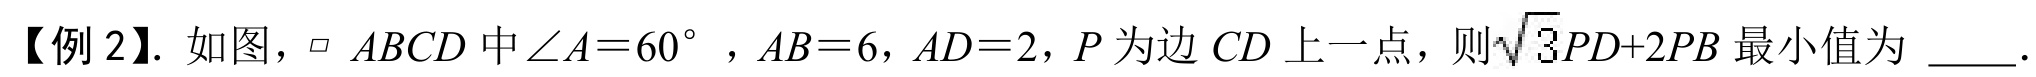
【例 2】. 如图，\(\parallelogram\ ABCD\)中\(\angle A = 60^{\circ}\)，\(AB = 6\)，\(AD = 2\)，\(P\)为边\(CD\)上一点，则\(\sqrt{3}PD + 2PB\)最小值为 \(\underline{\quad\quad}\).